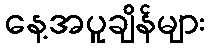
နေ့အပူချိန်များ